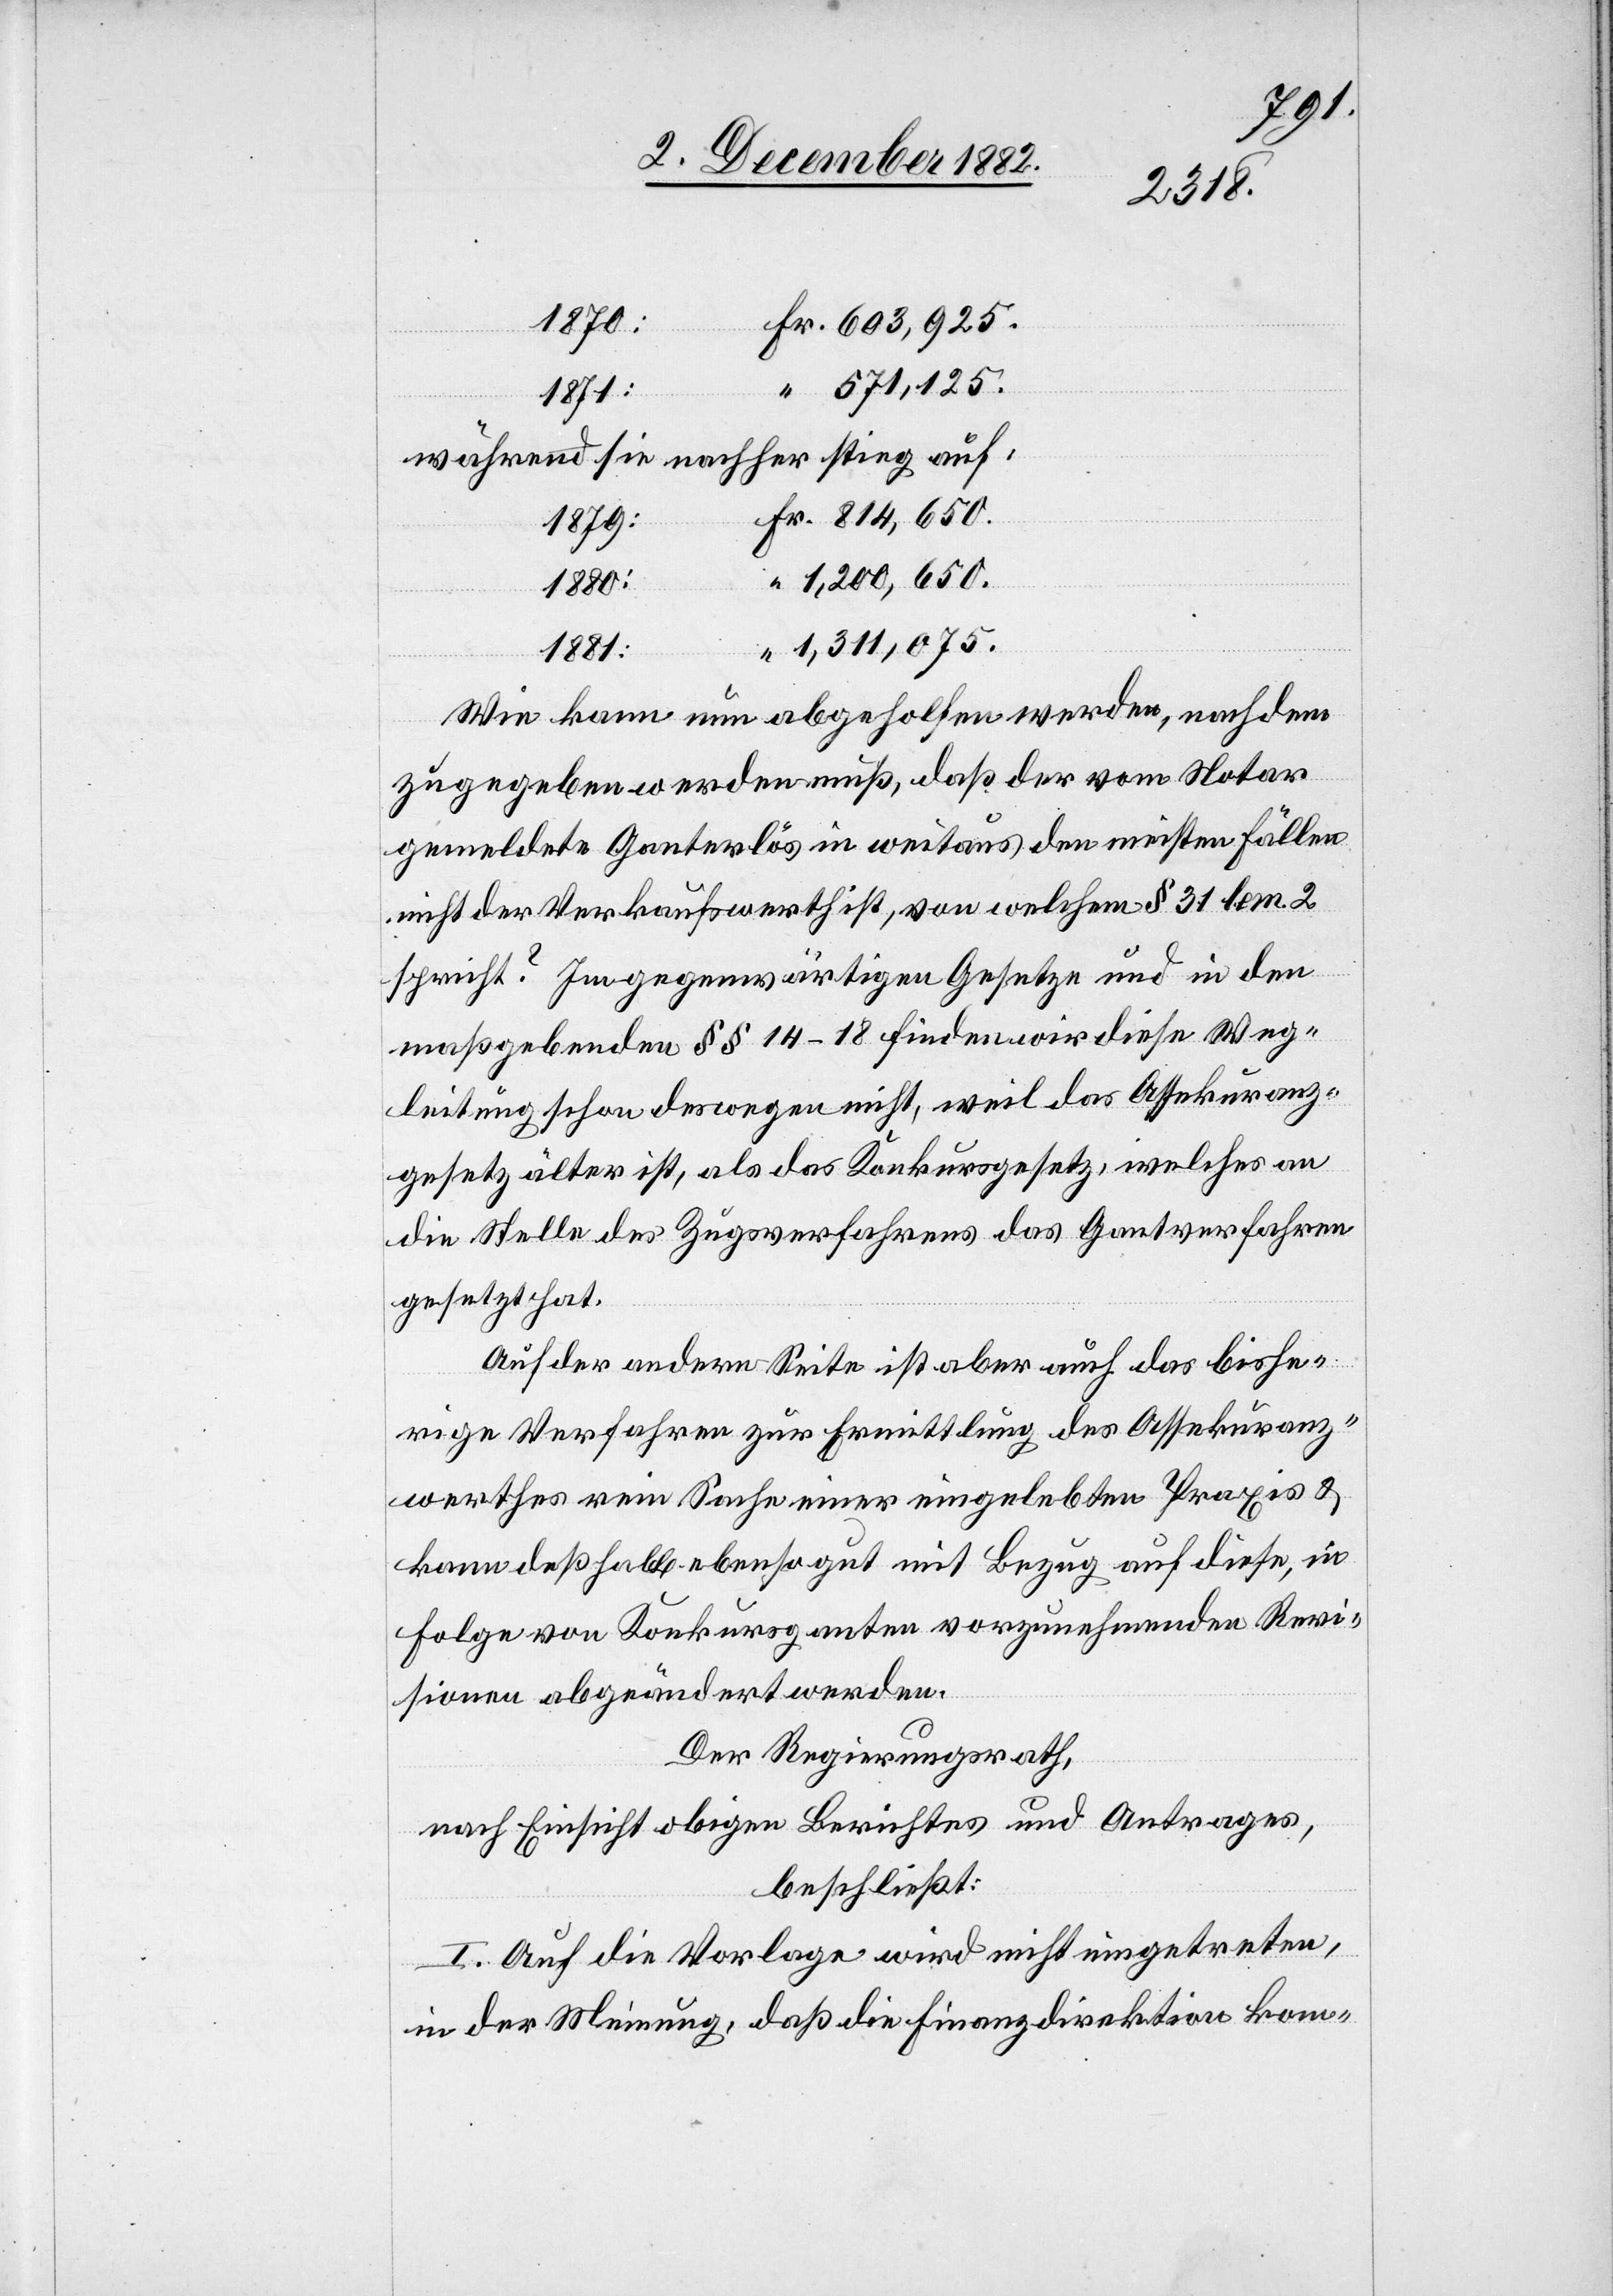
1879:
während sie nachher stieg auf:
1,200,650.
Fr.
1881:
1,311,075.
Wie kann nun abgeholfen werden, nachdem
zugegeben werden muß, daß der vom Notar
gemeldete Ganterlös in weitaus den meisten Fällen
nicht der Verkaufswerth ist, von welchem § 31 lem. 2
spricht? Im gegenwärtigen Gesetze und in den
maßgebenden §§ 14–18 finden wir diese Weg¬
leitung schon deswegen nicht, weil das Assekuranz¬
gesetz älter ist, als das Konkursgesetz, welches an
die Stelle des Zugsverfahrens das Gantverfahren
gesetzt hat.
Auf der andern Seite ist aber auch das bishe¬
rige Verfahren zur Ermittlung des Assekuranz¬
werthes rein Sache einer eingelebten Praxis &
kann deßhalb ebenso gut mit Bezug auf diese, in
Folge von Konkursganten vorzunehmenden Revi¬
sionen abgeändert werden.
Der Regierungsrath,
nach Einsicht obigen Berichtes und Antrages,
beschließt:
I. Auf die Vorlage wird nicht eingetreten,
in der Meinung, daß die Finanzdirektion kom-